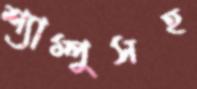
শ্যাম্পুসহ